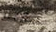
سأخلد